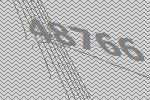
48766